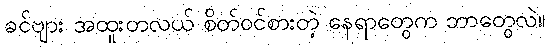
ခင်ဗျား အထူးတလယ် စိတ်ဝင်စားတဲ့ နေရာတွေက ဘာတွေလဲ။